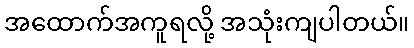
အထောက်အကူရလို့ အသုံးကျပါတယ်။